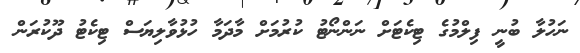
ނަހުލާ ބުނީ ފިލްމުގެ ޓިކެޓަށް ނަންނޯޓު ކުރުމަށް މާދަމާ ހުޅުވާލިޔަސް ޓިކެޓު ދޫކުރަން